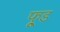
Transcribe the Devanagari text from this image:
फू़्ड